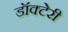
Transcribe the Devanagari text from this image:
डॉक्टेरी